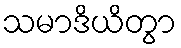
သမာဒိယိတွာ